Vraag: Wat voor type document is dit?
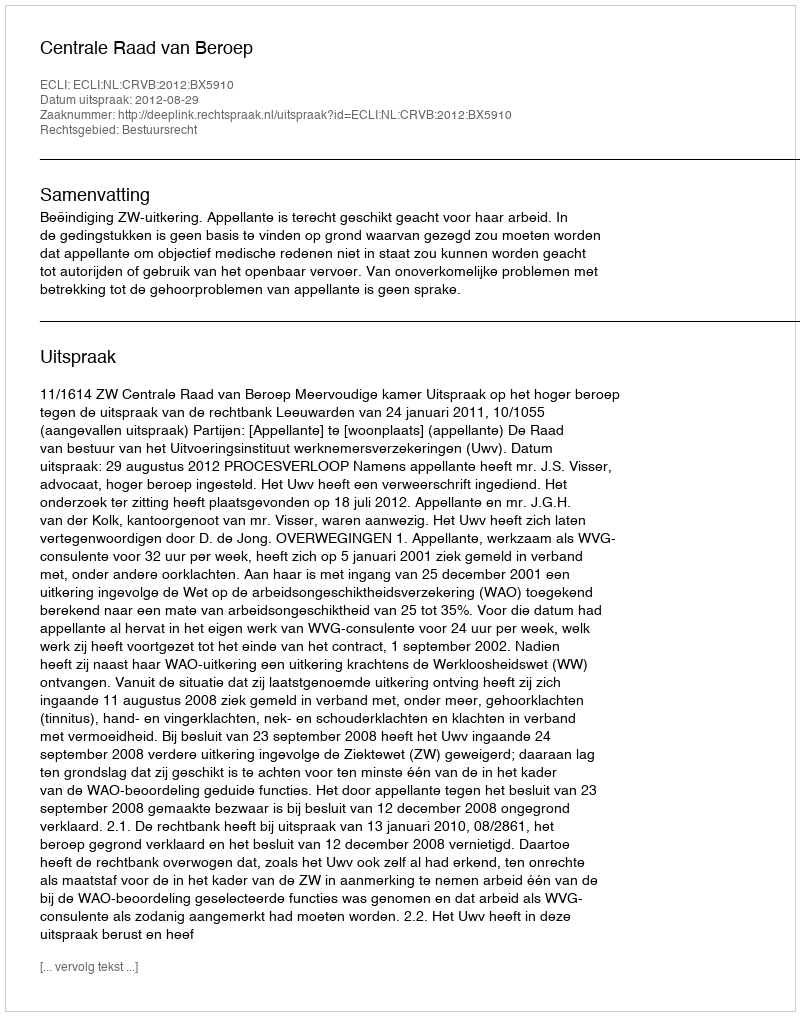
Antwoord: Uitspraak